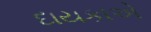
દાયકાએ